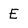
Character: E